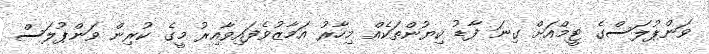
ވަންޕުލަސްގެ ޓީމްއަށް ގިނަ ފާޑު ކިޔުންތަކެއް މިހާރު އަމާޒުވެފައިވާއިރު މީގެ ކުރިން ވަންޕުލަސް